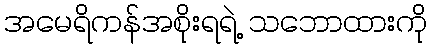
အမေရိကန်အစိုးရရဲ့ သဘောထားကို